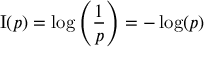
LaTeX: \operatorname { I } ( p ) = \log \left( { \frac { 1 } { p } } \right) = - \log ( p )